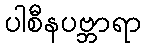
ပါစီနပဗ္ဘာရာ